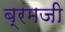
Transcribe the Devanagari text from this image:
ब्रमजी